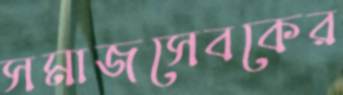
সমাজসেবকের